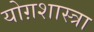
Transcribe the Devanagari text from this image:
योग़शास्त्रा